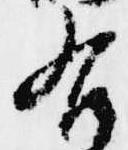
右